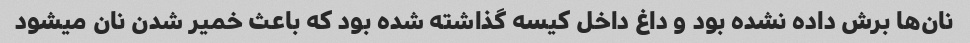
نان‌ها برش داده نشده بود و داغ داخل کیسه گذاشته شده بود که باعث خمیر شدن نان میشود